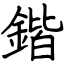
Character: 鍇